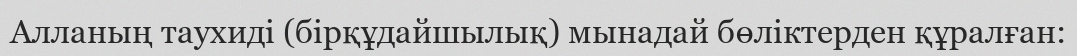
Алланың таухиді (бірқұдайшылық) мынадай бөліктерден құралған: